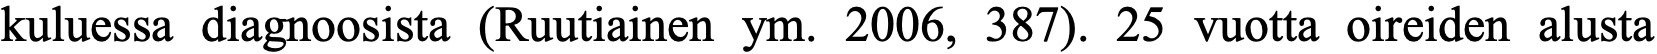
kuluessa diagnoosista (Ruutiainen ym. 2006, 387). 25 vuotta oireiden alusta